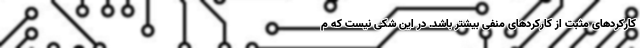
کارکردهای مثبت از کارکردهای منفی بیشتر باشد. در این شکی نیست که م